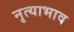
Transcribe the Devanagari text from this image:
नृत्याभाव